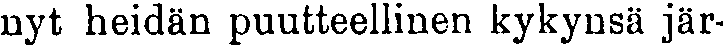
nyt heidän puutteellinen kykynsä jär-